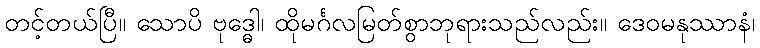
တင့်တယ်ပြီ။ သောပိ ဗုဒ္ဓေါ၊ ထိုမင်္ဂလမြတ်စွာဘုရားသည်လည်း။ ဒေဝမနုဿာနံ၊